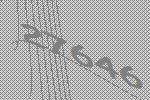
27646